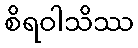
စိရဝါသိဿ